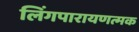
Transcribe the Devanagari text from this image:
लिंगपारायणत्मक